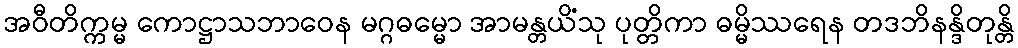
အဝီတိက္ကမ္မ ကောဋ္ဌာသဘာဝေန မဂ္ဂဓမ္မော အာမန္တယိံသု ပုတ္တိကာ ဓမ္မိဿရေန တဒဘိနန္ဒိတုန္တိ